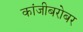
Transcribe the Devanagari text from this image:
कांजीबरोबर